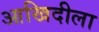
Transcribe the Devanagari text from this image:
आखिदीला